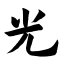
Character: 光